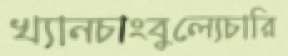
খ্যানচাংবুল্যেচারি